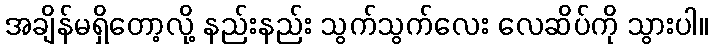
အချိန်မရှိတော့လို့ နည်းနည်း သွက်သွက်လေး လေဆိပ်ကို သွားပါ။